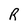
Character: R